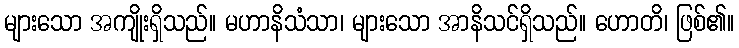
များသော အကျိုးရှိသည်။ မဟာနိသံသာ၊ များသော အာနိသင်ရှိသည်။ ဟောတိ၊ ဖြစ်၏။